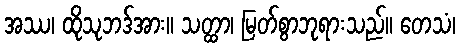
အဿ၊ ထိုသုဘဒ်အား။ သတ္ထာ၊ မြတ်စွာဘုရားသည်။ တေသံ၊